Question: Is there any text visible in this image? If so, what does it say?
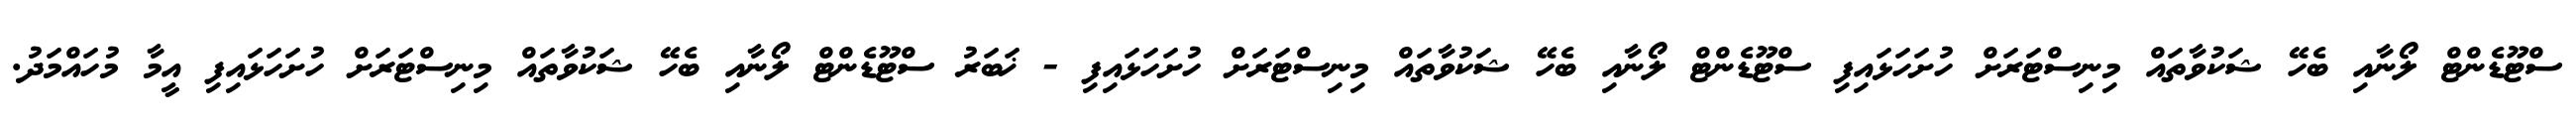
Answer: ސްޓޫޑެންޓް ލޯނާއި ބެހޭ ޝަކުވާތައް މިނިސްޓަރަށް ހުށަހަޅައިފި ސްޓޫޑެންޓް ލޯނާއި ބެހޭ ޝަކުވާތައް މިނިސްޓަރަށް ހުށަހަޅައިފި - ޚަބަރު ސްޓޫޑެންޓް ލޯނާއި ބެހޭ ޝަކުވާތައް މިނިސްޓަރަށް ހުށަހަޅައިފި އީމާ މުހައްމަދު.